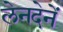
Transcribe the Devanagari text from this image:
लेनदेनें